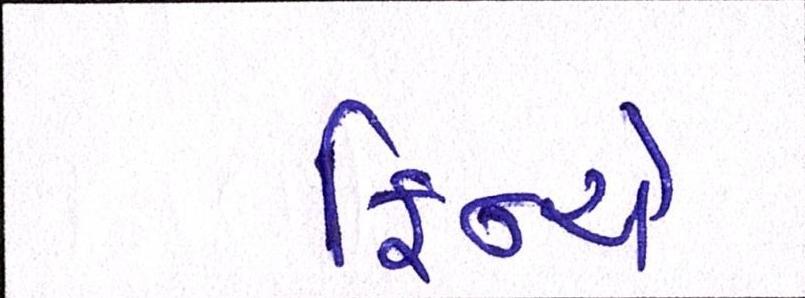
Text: ફિન્ચે